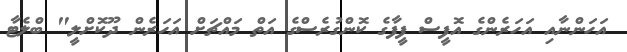
އަހަންނާއި އަހަރެންގެ އޮފީސް ފީފާގެ ކޮންގުރެސްގެ އަތް މައްޗަށް އަހަރެން ދޫކޮށްލީ" ބްލެޓާ